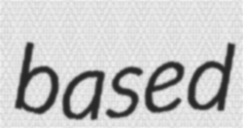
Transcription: based